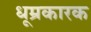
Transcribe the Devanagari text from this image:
धूम्रकारक